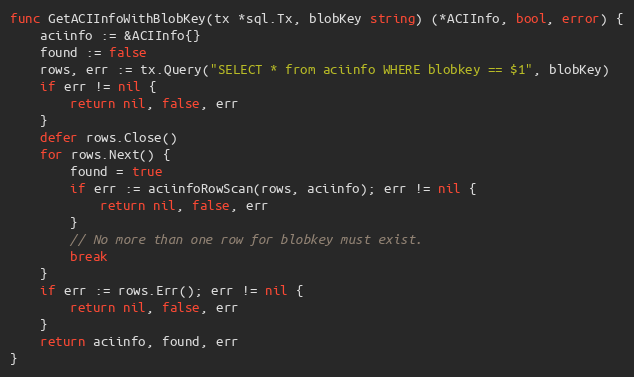
Language: Go
func GetACIInfoWithBlobKey(tx *sql.Tx, blobKey string) (*ACIInfo, bool, error) {
	aciinfo := &ACIInfo{}
	found := false
	rows, err := tx.Query("SELECT * from aciinfo WHERE blobkey == $1", blobKey)
	if err != nil {
		return nil, false, err
	}
	defer rows.Close()
	for rows.Next() {
		found = true
		if err := aciinfoRowScan(rows, aciinfo); err != nil {
			return nil, false, err
		}
		// No more than one row for blobkey must exist.
		break
	}
	if err := rows.Err(); err != nil {
		return nil, false, err
	}
	return aciinfo, found, err
}